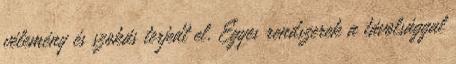
vélemény és szokás terjedt el. Egyes rendszerek a távolsággal